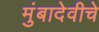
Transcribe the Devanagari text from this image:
मुंबादेवीचे